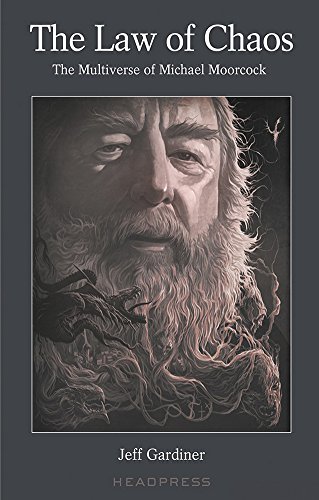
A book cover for The Law of Chaos: The Multiverse of Michael Moorcock; Jeff Gardiner; Science Fiction & Fantasy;